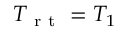
T _ { \mathrm { ~ r ~ t ~ } } = T _ { 1 }